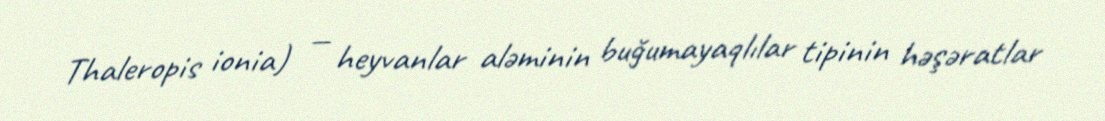
Thaleropis ionia) — heyvanlar aləminin buğumayaqlılar tipinin həşəratlar